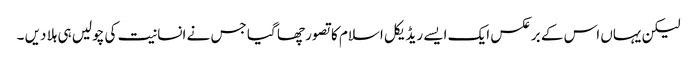
لیکن یہاں اس کے برعکس ایک ایسے ریڈیکل اسلام کا تصور چھا گیا جس نے انسانیت کی چولیں ہی ہلا دیں ۔